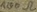
Text: 100Ω